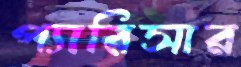
প্যারিসার